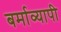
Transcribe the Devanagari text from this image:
बर्माव्यापी